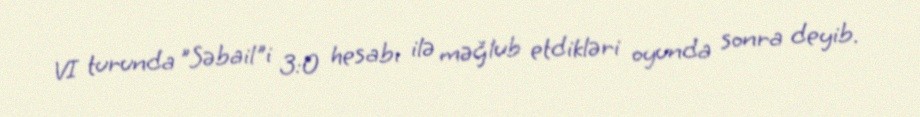
VI turunda "Səbail"i 3:0 hesabı ilə məğlub etdikləri oyunda sonra deyib.